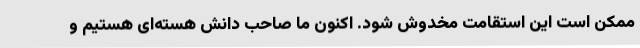
ممکن است این استقامت مخدوش شود. اکنون ما صاحب دانش هسته‌ای هستیم و